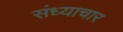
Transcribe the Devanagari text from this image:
संध्याचार